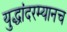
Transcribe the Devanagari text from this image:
युद्धांदरम्यानच